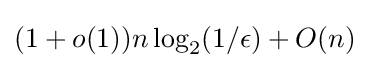
{\textstyle (1+o(1))n\log _{2}(1/\epsilon )+O(n)}